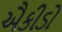
ઐકીડો